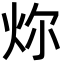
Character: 𪸞